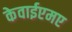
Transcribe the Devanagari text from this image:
केवाईएमए